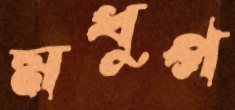
মধুপ